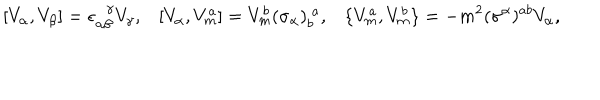
[ V _ { \alpha } , V _ { \beta } ] = \epsilon _ { \alpha \beta } ^ { \! \gamma } V _ { \gamma } , [ V _ { \alpha } , V _ { m } ^ { a } ] = V _ { m } ^ { b } ( \sigma _ { \alpha } ) _ { b } ^ { ~ a } , \{ V _ { m } ^ { a } , V _ { m } ^ { b } \} = - m ^ { 2 } ( \sigma ^ { \alpha } ) ^ { a b } V _ { \alpha } ,